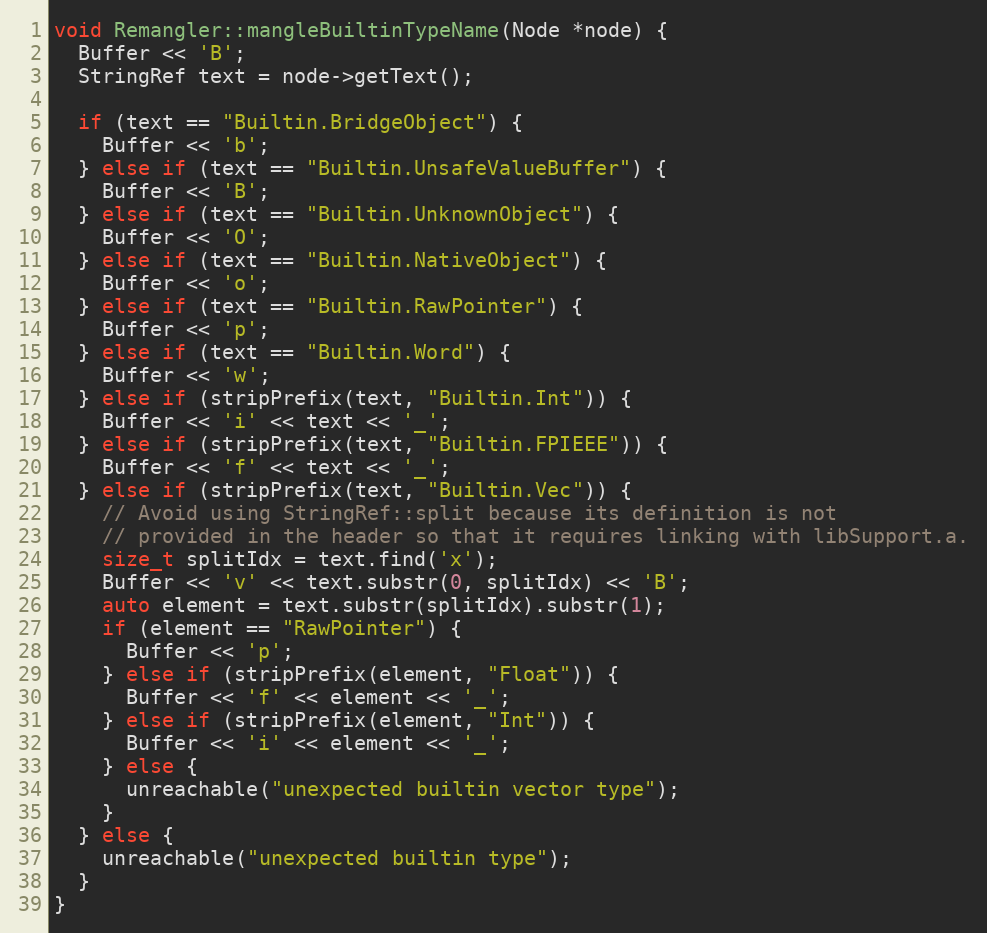
Language: C++
void Remangler::mangleBuiltinTypeName(Node *node) {
  Buffer << 'B';
  StringRef text = node->getText();

  if (text == "Builtin.BridgeObject") {
    Buffer << 'b';
  } else if (text == "Builtin.UnsafeValueBuffer") {
    Buffer << 'B';
  } else if (text == "Builtin.UnknownObject") {
    Buffer << 'O';
  } else if (text == "Builtin.NativeObject") {
    Buffer << 'o';
  } else if (text == "Builtin.RawPointer") {
    Buffer << 'p';
  } else if (text == "Builtin.Word") {
    Buffer << 'w';
  } else if (stripPrefix(text, "Builtin.Int")) {
    Buffer << 'i' << text << '_';
  } else if (stripPrefix(text, "Builtin.FPIEEE")) {
    Buffer << 'f' << text << '_';
  } else if (stripPrefix(text, "Builtin.Vec")) {
    // Avoid using StringRef::split because its definition is not
    // provided in the header so that it requires linking with libSupport.a.
    size_t splitIdx = text.find('x');
    Buffer << 'v' << text.substr(0, splitIdx) << 'B';
    auto element = text.substr(splitIdx).substr(1);
    if (element == "RawPointer") {
      Buffer << 'p';
    } else if (stripPrefix(element, "Float")) {
      Buffer << 'f' << element << '_';
    } else if (stripPrefix(element, "Int")) {
      Buffer << 'i' << element << '_';
    } else {
      unreachable("unexpected builtin vector type");
    }
  } else {
    unreachable("unexpected builtin type");
  }
}